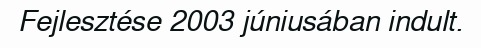
Fejlesztése 2003 júniusában indult.